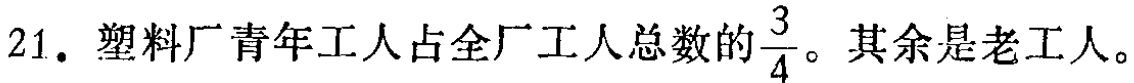
21. 塑料厂青年工人占全厂工人总数的$\frac{3}{4}$。其余是老工人。